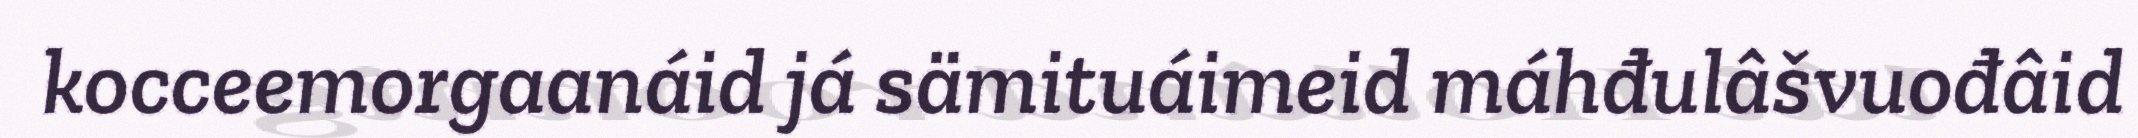
kocceemorgaanáid já sämituáimeid máhđulâšvuođâid